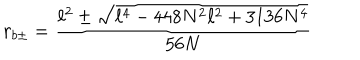
LaTeX: r _ { b \pm } = \frac { \ell ^ { 2 } \pm \sqrt { \ell ^ { 4 } - 4 4 8 N ^ { 2 } \ell ^ { 2 } + 3 1 3 6 N ^ { 4 } } } { 5 6 N }